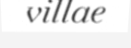
villae